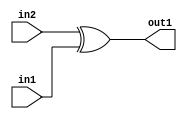
`timescale 1ps / 1ps
/*****************************************************************************
    Verilog RTL Description
    
    
    Created by: Stratus DpOpt 2019.1.01 
*******************************************************************************/

module DC_Filter_Xor_1Ux1U_1U_4 (
	in2,
	in1,
	out1
	); /* architecture "behavioural" */ 
input  in2,
	in1;
output  out1;
wire  asc001;

assign asc001 = 
	(in2)
	^(in1);

assign out1 = asc001;
endmodule

/* CADENCE  urX1Swo= : u9/ySgnWtBlWxVPRXgAZ4Og= ** DO NOT EDIT THIS LINE ******/